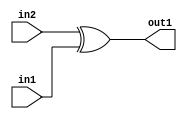
`timescale 1ps / 1ps
/*****************************************************************************
    Verilog RTL Description
    
    
    Created by: Stratus DpOpt 2019.1.01 
*******************************************************************************/

module DC_Filter_Xor_1Ux1U_1U_4 (
	in2,
	in1,
	out1
	); /* architecture "behavioural" */ 
input  in2,
	in1;
output  out1;
wire  asc001;

assign asc001 = 
	(in2)
	^(in1);

assign out1 = asc001;
endmodule

/* CADENCE  urX1Swo= : u9/ySgnWtBlWxVPRXgAZ4Og= ** DO NOT EDIT THIS LINE ******/